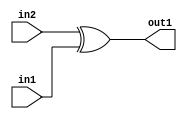
`timescale 1ps / 1ps
/*****************************************************************************
    Verilog RTL Description
    
    
    Created by: Stratus DpOpt 2019.1.01 
*******************************************************************************/

module DC_Filter_Xor_1Ux1U_1U_4 (
	in2,
	in1,
	out1
	); /* architecture "behavioural" */ 
input  in2,
	in1;
output  out1;
wire  asc001;

assign asc001 = 
	(in2)
	^(in1);

assign out1 = asc001;
endmodule

/* CADENCE  urX1Swo= : u9/ySgnWtBlWxVPRXgAZ4Og= ** DO NOT EDIT THIS LINE ******/